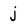
Character: j